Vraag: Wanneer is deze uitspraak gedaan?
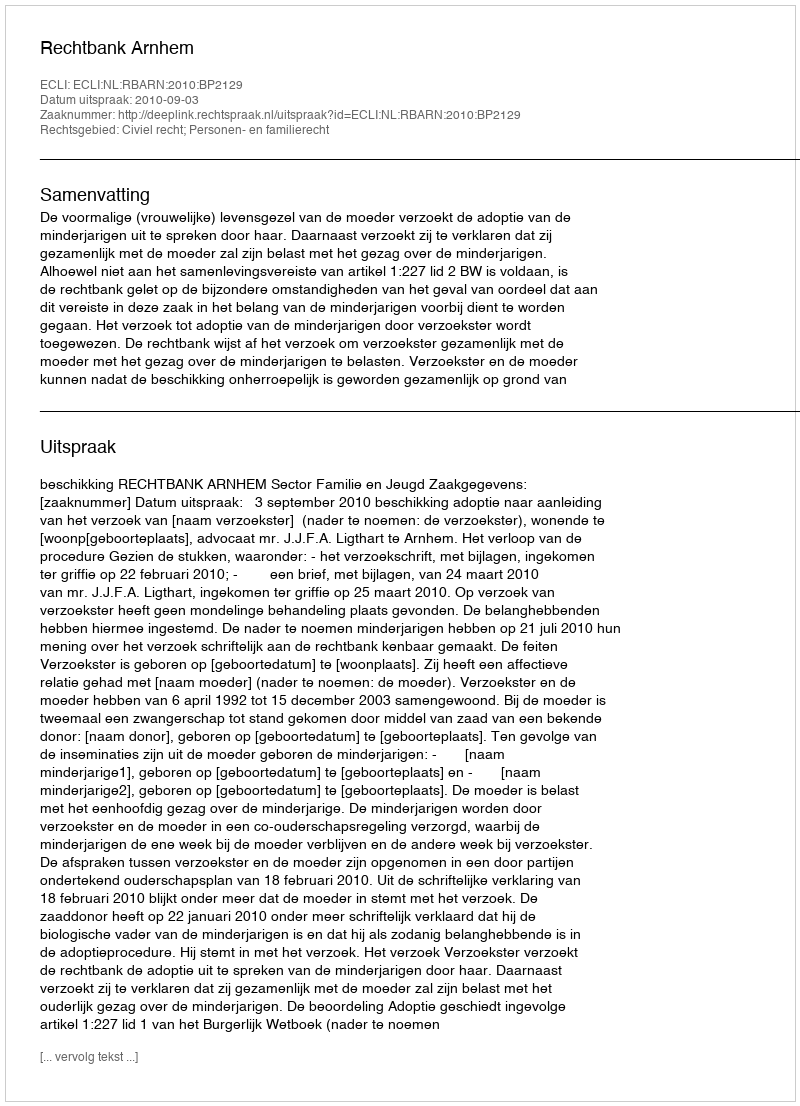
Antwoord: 2010-09-03